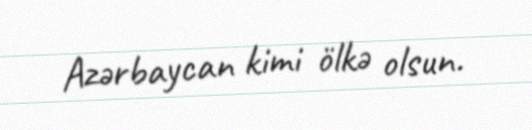
Azərbaycan kimi ölkə olsun.